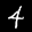
Label: 4